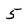
Character: 5